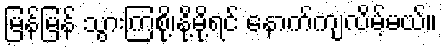
မြန်မြန် သွားကြစို့၊နို့မို့ရင် နောက်ကျလိမ့်မယ်။